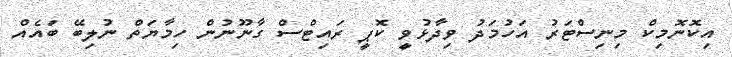
އިކޮނޮމިކް މިނިސްޓަރު އަހުމަދު ވިދާޅުވީ ކޮޕީ ރައިޓްސް ގާނޫނުން ހިމާޔަތް ނުލިބޭ ބައެއް